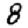
Digit: 8